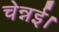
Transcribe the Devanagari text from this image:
चेन्नई।